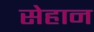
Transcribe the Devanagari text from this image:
सेहान